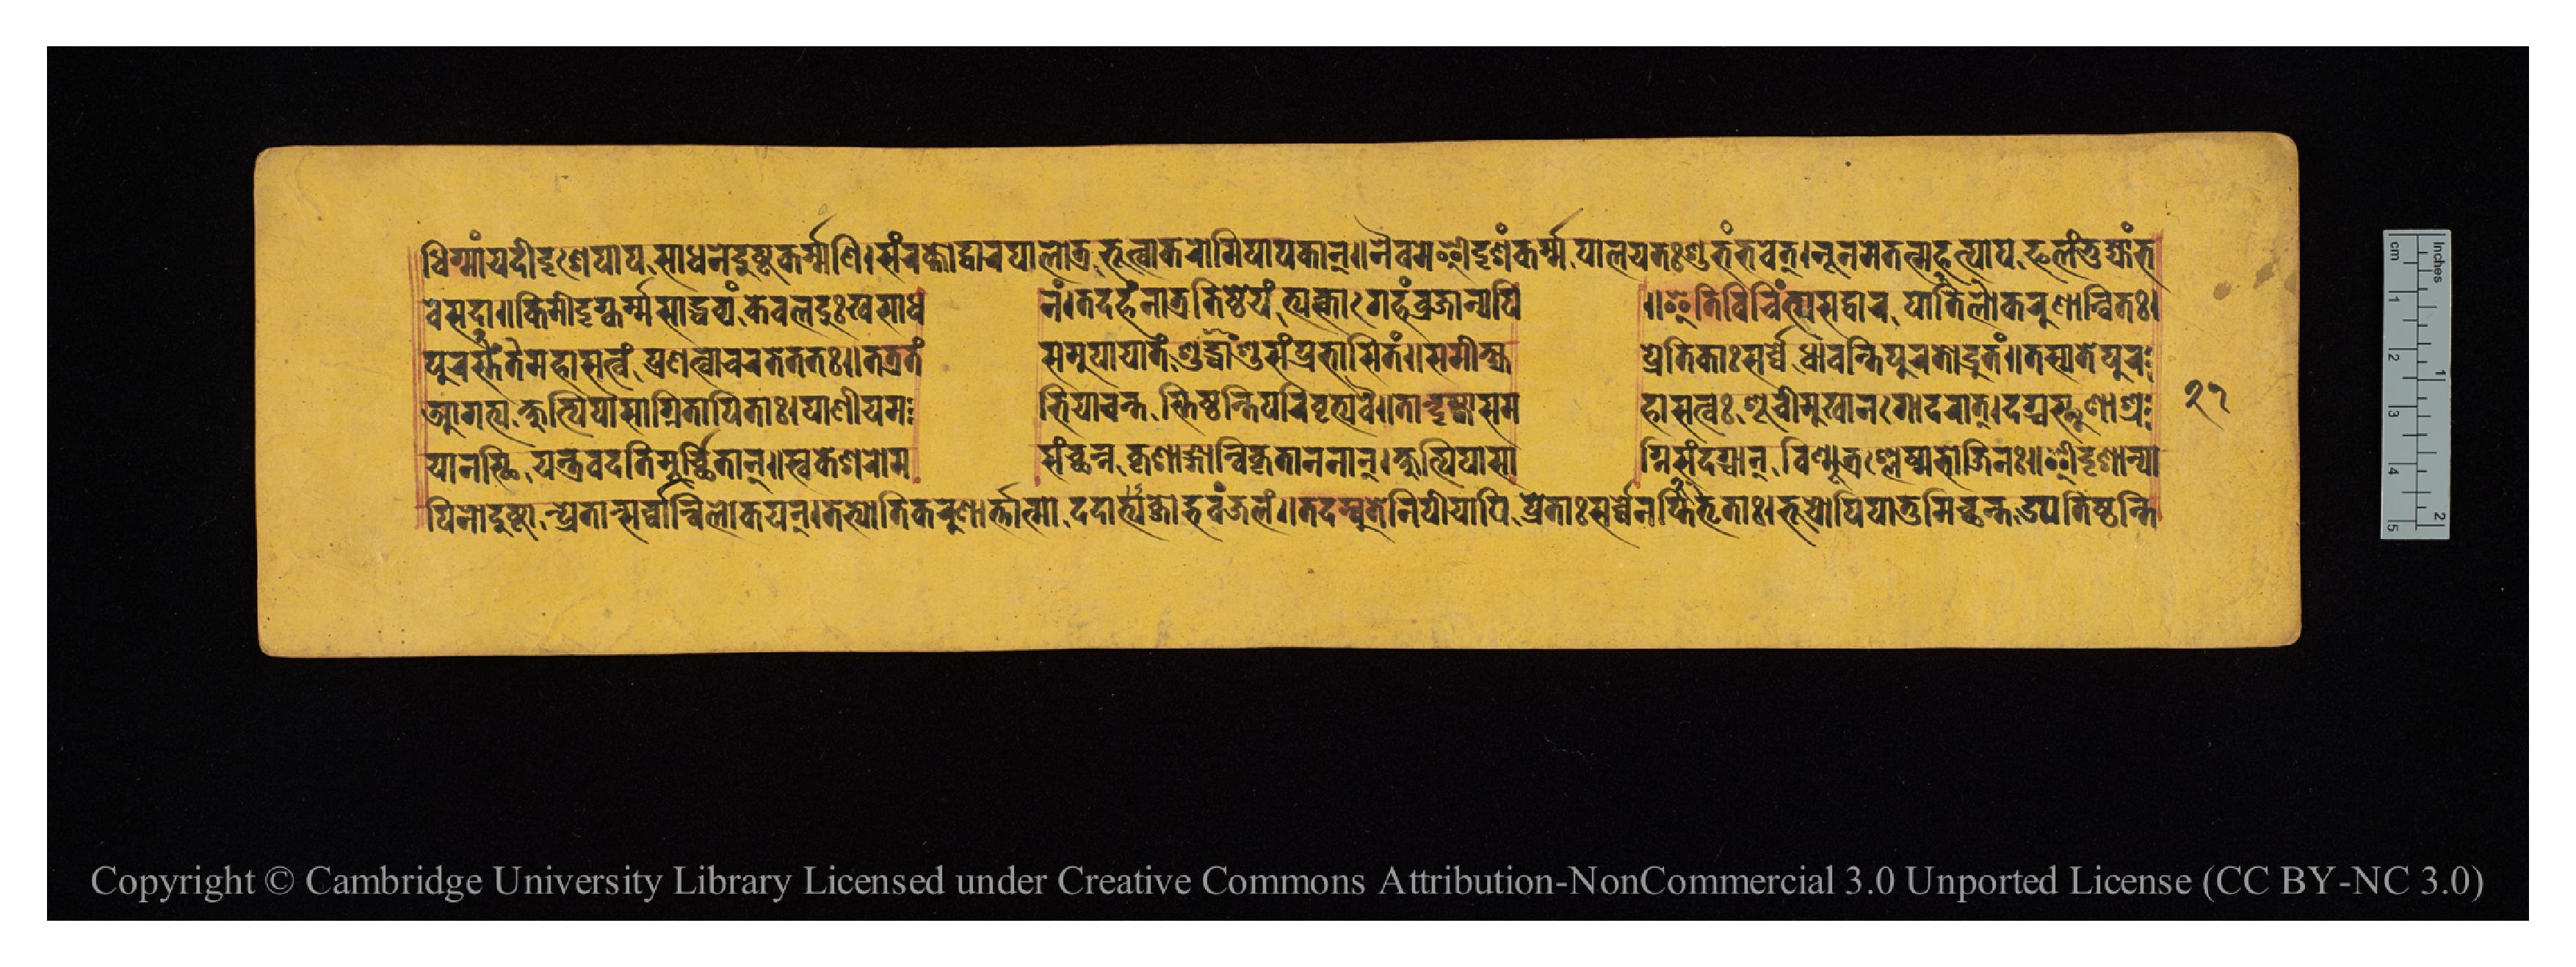
𑐢𑐶𑐐𑑂𑐩𑐵𑑄𑐫𑐡𑐷𑐡𑐺𑐱𑐾𑐥𑐵𑐥𑐳𑐵𑐢𑐣𑐾𑐡𑐸𑐲𑑂𑐚𑐎𑐬𑑂𑐩𑐞𑐶𑑋𑐳𑑄𑐬𑐎𑑂𑐟𑑀𑐡𑑂𑐰𑐵𑐬𑐥𑐵𑐮𑑀𑐟𑑂𑐬𑐨𑐹𑐟𑑂𑐰𑐵𑐎𑐬𑑀𑐩𑐶𑐥𑐵𑐥𑐎𑐵𑐣𑑂𑑌𑐣𑐿𑐰𑐩𑐾𑐃𑐡𑐺𑐱𑑄𑐎𑐬𑑂𑐩𑐥𑐵𑐮𑐫𑐟𑑅𑐱𑐸𑐨𑑄𑐨𑐰𑐾𑐟𑑂𑑋𑐣𑐹𑐣𑐩𑐾𑐟𑐣𑑂𑐩𑐴𑐟𑑂𑐥𑐵𑐥𑐦𑐮𑑄𑐟𑐸𑐴𑑂𑐫𑐵𑑄𑐨 𑐰𑐾𑐳𑐡𑐵𑑌𑐎𑐶𑐩𑐷𑐡𑐺𑐐𑑂𑐎𑐬𑑂𑐩𑐳𑐵𑐢𑐰𑑂𑐫𑑄𑐎𑐾𑐰𑐮𑐡𑐸𑑅𑐏𑐳𑐵𑐢  𑐣𑑄𑑋𑐟𑐡𑐴𑑄𑐣𑐵𑐟𑑂𑐬𑐟𑐶𑐲𑑂𑐛𑐾𑐫𑑄𑐴𑑂𑐫𑐸𑐎𑑂𑐟𑑂𑐰𑐵𑐐𑐾𑐴𑑄𑐰𑑂𑐬𑐖𑐵𑐣𑑂𑐫𑐥𑐶  𑑌𑐂𑐟𑐶𑐰𑐶𑐔𑐶𑐣𑑂𑐟𑑂𑐫𑐳𑐡𑑂𑐰𑐵𑐬𑐥𑐵𑐮𑑀𑐟𑐶𑐎𑐬𑐸𑐞𑐵𑐣𑑂𑐰𑐶𑐟𑑅𑑋 𑐥𑐸𑐬𑐟𑐳𑑂𑐟𑑄𑐩𑐴𑐵𑐳𑐟𑑂𑐰𑑄𑐥𑑂𑐬𑐞𑐟𑑂𑐰𑐵𑐔𑐬𑐟𑐾𑐟𑐟𑑅𑑋𑐟𑐟𑑂𑐬𑐟𑑄  𑐳𑐩𑐸𑐥𑐵𑐫𑐵𑐟𑑄𑐳𑐸𑐢𑐵𑑄𑐱𑐸𑐳𑑄𑐥𑑂𑐬𑐨𑐵𑐳𑐶𑐟𑑄𑑌𑐳𑐩𑐷𑐎𑑂𑐲𑑂𑐫  𑐥𑑂𑐬𑐾𑐟𑐶𑐎𑐵𑑅𑐳𑐬𑑂𑐰𑑂𑐰𑐾𑐢𑐵𑐰𑐣𑑂𑐟𑐶𑐥𑐸𑐬𑐟𑑀𑐡𑑂𑐬𑐸𑐟𑑄𑑌𑐟𑐳𑑂𑐫𑐟𑐾𑐥𑐸𑐬 𑐁𑐐𑐟𑑂𑐫𑐎𑑂𑐲𑐸𑐟𑑂𑐥𑐶𑐥𑐵𑐳𑐵𑐐𑑂𑐣𑐶𑐟𑐵𑐥𑐶𑐟𑐵𑑅𑑋𑐥𑐵𑐣𑐷𑐫𑐩  𑐨𑐶𑐫𑐵𑐔𑐣𑑂𑐟𑐳𑑂𑐟𑐶𑐲𑑂𑐛𑐣𑑂𑐟𑐶𑐥𑐬𑐶𑐰𑐺𑐟𑑂𑐫𑐰𑐿𑑌𑐟𑐵𑐣𑑂𑐡𑐺𑐲𑑂𑐚𑑂𑐰𑐵𑐳𑐩  𑐴𑐵𑐳𑐟𑑂𑐰𑑅𑐳𑐹𑐔𑐷𑐩𑐸𑐏𑐵𑐣𑐐𑑀𑐡𑐬𑐵𑐟𑑂𑑋𑐡𑐐𑑂𑐢𑐳𑑂𑐠𑐹𑐞𑐵𑐱𑑂𑐬 𑐥𑐶𑐣𑑀𑐡𑐸𑐲𑑂𑐚𑐵𑐣𑑂𑐥𑑂𑐬𑐾𑐟𑐵𑐣𑑂𑐳𑐬𑑂𑐰𑑂𑐰𑐵𑐣𑑂𑐰𑐶𑐮𑑀𑐎𑐫𑐣𑑂𑑋𑐟𑐾𑐨𑑂𑐫𑑀𑐟𑐶𑐎𑐬𑐸𑐞𑐵𑐬𑑂𑐟𑐵𑐟𑑂𑐩𑐵𑐡𑐵𑐡𑐟𑑂𑐫𑐧𑑂𑐖𑐵𑐡𑑂𑐨𑐰𑑄𑐖𑐮𑑄𑑌𑐟𑐡𑐩𑑂𑐧𑐸𑐟𑐾𑐣𑐶𑐥𑐷𑐫𑐵𑐥𑐶𑐥𑑂𑐬𑐾𑐟𑐵𑐳𑑂𑐳𑐬𑑂𑐰𑑂𑐰𑐾𑐣𑐟𑐺𑐥𑑂𑐟𑐶𑐟𑐵𑑅𑑋𑐨𑐹𑐫𑑀𑐥𑐶𑐥𑐵𑐟𑐸𑐩𑐶𑐔𑑂𑐕𑐣𑑂𑐟𑑁𑐥𑐟𑐶𑐲𑑂𑐛𑐣𑑂𑐟𑐶 𑐫𑐵𑐣𑐳𑑂𑐠𑐶𑐫𑐣𑑂𑐟𑑂𑐬𑐰𑐡𑐟𑐶𑐩𑐹𑐬𑑂𑐔𑑂𑐕𑐶𑐟𑐵𑐣𑑂𑑌𑐳𑑂𑐰𑐎𑐾𑐱𑐬𑑀𑐩  𑐳𑑄𑐔𑑂𑐕𑐣𑑂𑐣𑐵𑑅𑐎𑐺𑐱𑐵𑑄𑐐𑐵𑐣𑑂𑐰𑐶𑐎𑐺𑐟𑐵𑐣𑐣𑐵𑐣𑑂𑑋𑐎𑑂𑐲𑐸𑐥𑑂𑐟𑐶𑐥𑐵𑐳𑐵  𑐐𑑂𑐣𑐶𑐳𑐣𑑂𑐡𑐐𑑂𑐢𑐵𑐣𑑂𑐰𑐶𑐞𑑂𑐩𑐹𑐟𑑂𑐬𑐱𑑂𑐮𑐾𑐲𑑂𑐩𑐨𑑀𑐖𑐶𑐣𑑅𑑌𑐃𑐡𑐺𑐱𑐵𑐣𑑂𑐥𑐵 𑑒𑑑